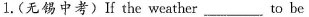
1.(无锡中考)If the weather___to be